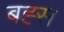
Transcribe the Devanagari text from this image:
बह्स